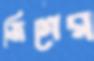
জিগের